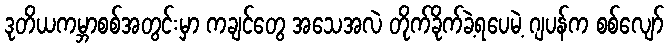
ဒုတိယကမ္ဘာစစ်အတွင်းမှာ ကချင်တွေ အသေအလဲ တိုက်ခိုက်ခဲ့ရပေမဲ့ ဂျပန်က စစ်လျော်